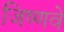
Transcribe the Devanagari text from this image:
जिष्णवे